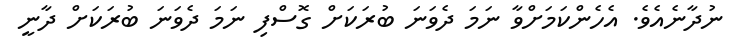
ނުދާނެއެވެ. އެހެންކަމަށްވާ ނަމަ ދެވަނަ ބުރަކަށް ގޮސްފި ނަމަ ދެވަނަ ބުރަކަށް ދާނީ